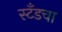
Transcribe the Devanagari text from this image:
स्टँडचा